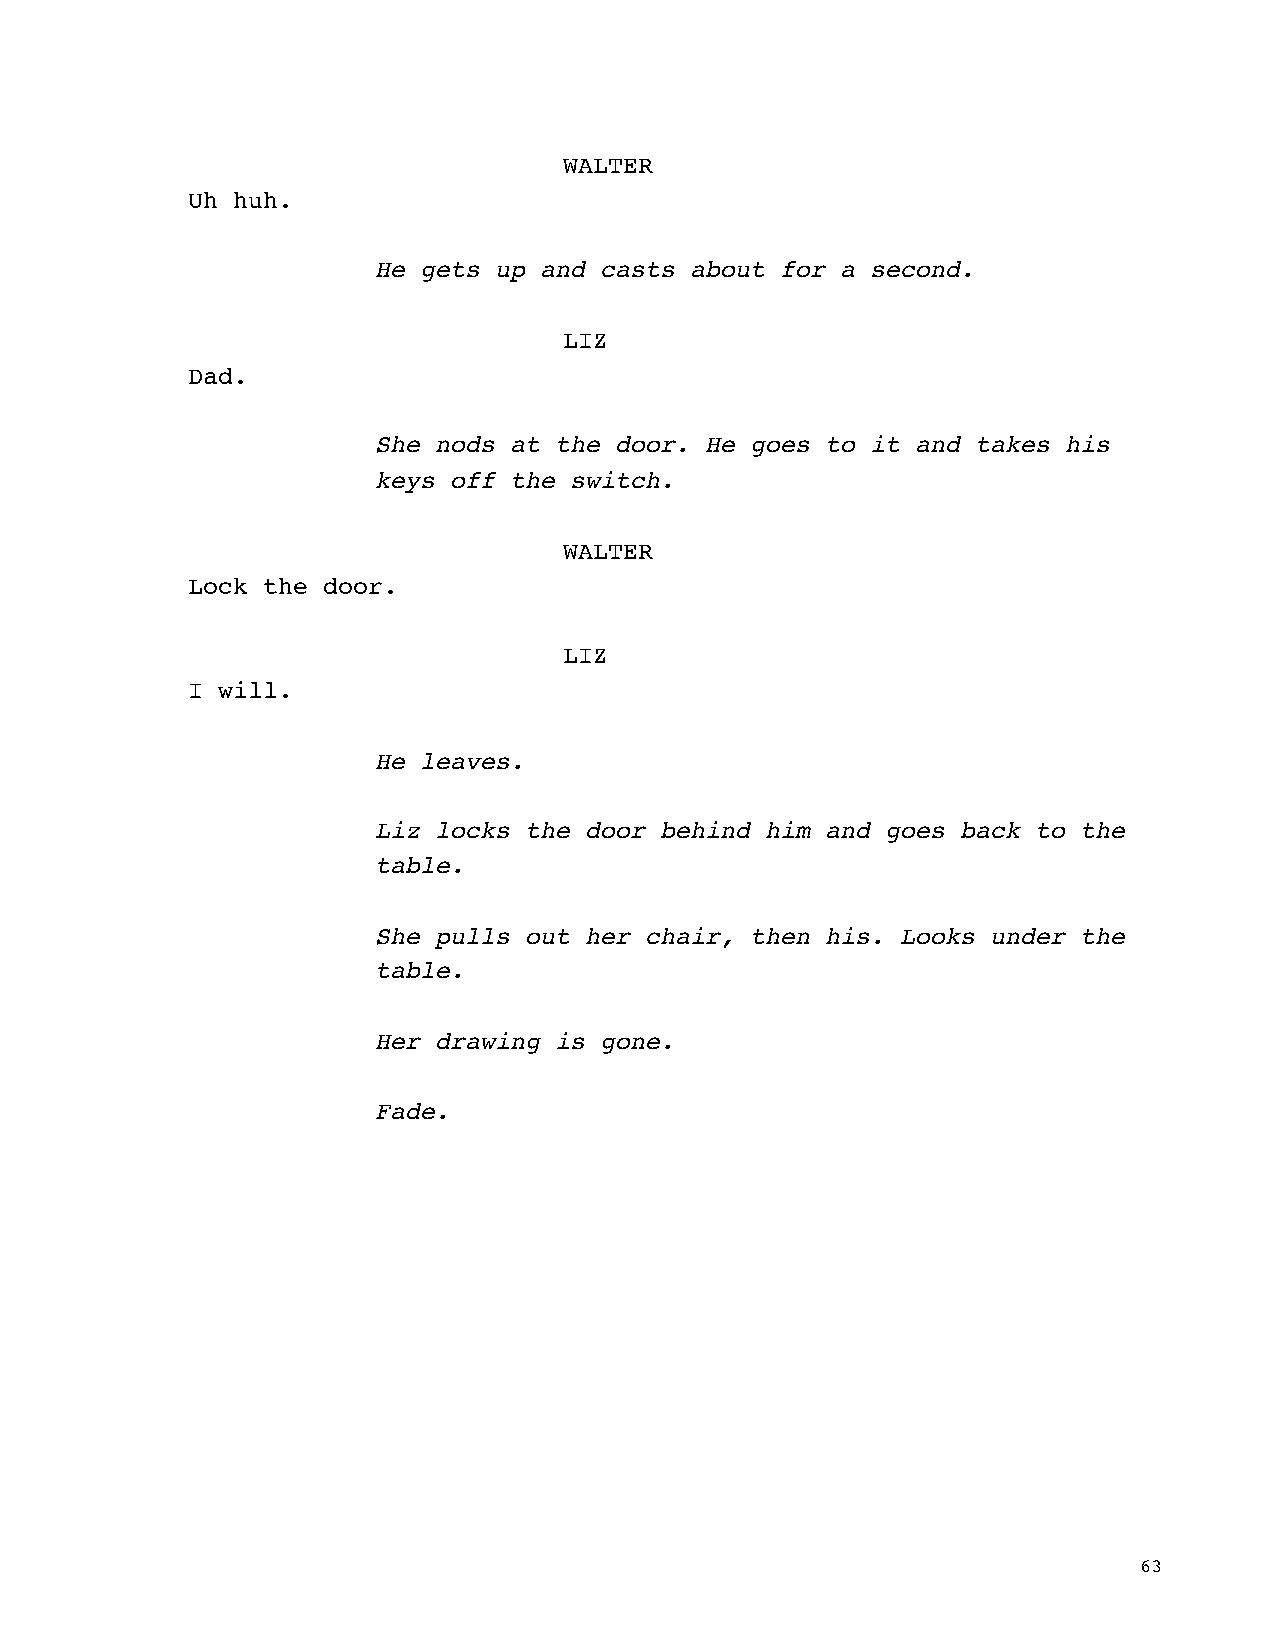
WALTER
 Uh huh.
 He gets up and casts about for a second.
 LIZ
 Dad.
 She nods at the door. He goes to it and takes his
 keys off the switch.
 WALTER
 Lock the door.
 LIZ
 I will.
 He leaves.
 Liz locks the door behind him and goes back to the
 table.
 She pulls out her chair, then his. Looks under the
 table.
 Her drawing is gone.
 Fade.
 63